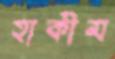
হাকীম